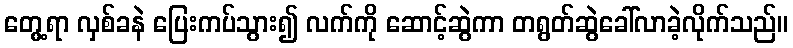
တွေ့ရာ လှစ်ခနဲ ပြေးကပ်သွား၍ လက်ကို ဆောင့်ဆွဲကာ တရွတ်ဆွဲခေါ်လာခဲ့လိုက်သည်။